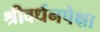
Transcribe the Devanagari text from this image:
श्रीवर्धनपेक्षा